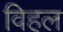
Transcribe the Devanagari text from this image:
विहल